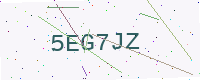
Text: 5EG7JZ